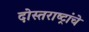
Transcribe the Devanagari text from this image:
दोस्तराष्ट्रांचे